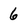
Character: 6